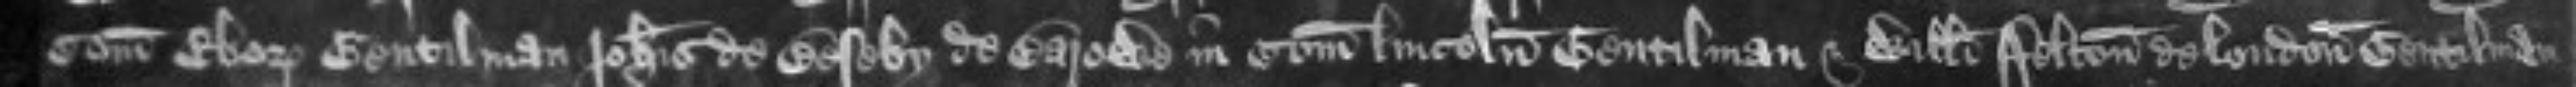
Comitatu Eboraci Gentilman Johannis de Beseby de Barowe in Comitatu Lincolnie Gentilman et Willelmi Felton de London Gentilman